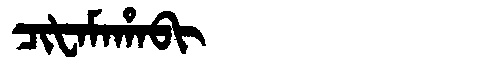
Manchu: ᠴᡳᡶᠠᠮᠠᡥᠠᠪᡳ
Romanization: CIFAMAHABI